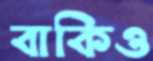
বাকিও